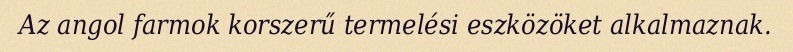
Az angol farmok korszerű termelési eszközöket alkalmaznak.